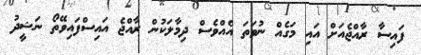
ފައިސާ ރާއްޖެއަށް އައި މަގެއް ނުވަތަ އެއްވެސް ދިިމާލަކުން ރާއްޖެ އައިސްފައިވޭތޯ ނަޝީދު